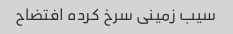
سیب زمینی سرخ کرده افتضاح